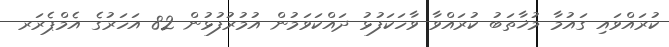
ކުރައްވައި ގައުމާ މުޚާތަބު ކުރައްވާ ވާހަކަފުޅު ދައްކަވަމުން އުމުރުފުޅުން 82 އަހަރުގެ އެމްޕެރަރ